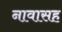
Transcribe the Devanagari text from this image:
नावासह